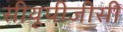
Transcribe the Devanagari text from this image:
सीयूपीजीसी